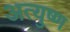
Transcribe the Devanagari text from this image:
अत्युष्ण